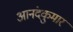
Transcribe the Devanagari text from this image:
आनंदकुमार